Civil Veterinary Department. United Provinces 1932-42 - 1932-1942
Year: 1932
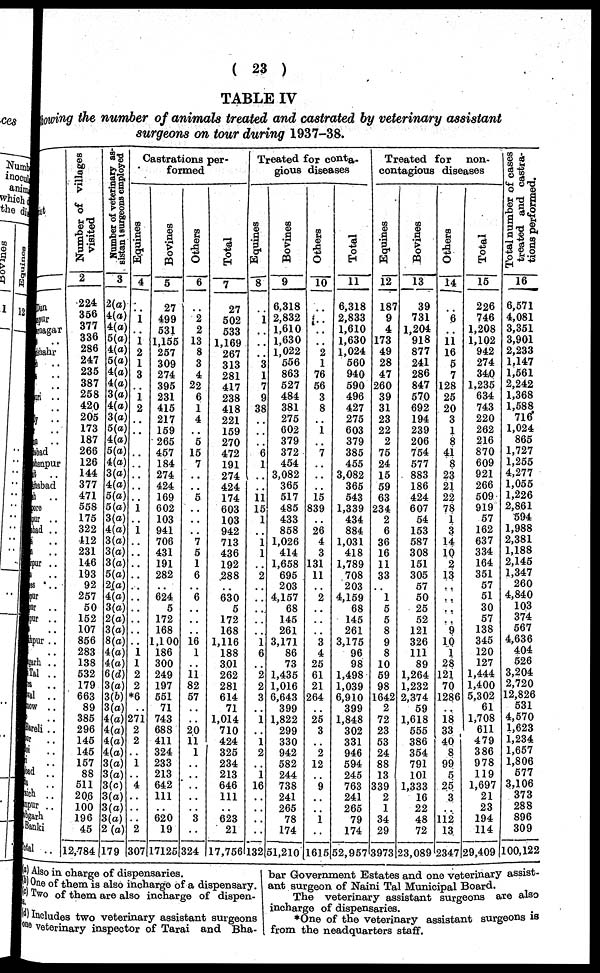
(23)
TABLE IV
showing the number of animals treated and castrated by veterinary assistant
surgeons on tour during 1937-38.
Dun
pur
rnagar
..
shahr
..
..
..
uri ..
..
..
..
..
bad
hanpur
..
habad
..
ore
ur ..
ad ..
..
..
pur ..
..
s ..
ur
lr ..
ur ..
..
pur ..
..
garh ..
Tal ..
a ..
al ..
now ..
..
Bareli ..
ur ..
oi ..
n ..
lad ..
a ..
rich
..
mpur ..
bgarh
Banki
btal ..
Number of villages
visited
2
224
356
377
336
286
247
235
387
258
420
205
173
187
266
126
144
377
471
558
175
322
412
231
146
193
92
257
50
152
107
856
283
138
532
179
663
89
385
296
145
145
157
88
511
206
100
196
45
12,784
Number
of veterinary as-
sistant surgeons employed
3
2(a)
4(a)
4(a)
5(a)
4(a)
5(a)
4(a)
4(a)
3(a)
4(a)
3(a)
5(a)
4(a)
5(a)
4(a)
3(a)
4(a)
5(a)
5(a)
3(a)
4(a)
3(a)
3(a)
3(a)
5(a)
2(a)
4(a)
3(a)
2(a)
3(a)
8(a)
4(a)
4(a)
6(d)
3(a)
3(6)
3(a)
4(a)
4(a)
4(a)
4(a)
3(a)
3(a)
3(c)
3(a)
3(a)
3(a)
2(a)
179
Castrations per-
formed
Equines
4
..
1
..
1
2
1
3
..
1
2
..
..
..
..
..
..
..
..
1
..
1
..
..
..
..
..
..
..
..
..
..
1
1
2
2
*6
..
271
2
2
..
1
..
4
..
..
..
2
307
Bovines
5
27
499
531
1,155
257
309
274
395
231
415
217
159
265
457
184
274
424
169
602
103
941
706
431
191
282
..
624
5
172
168
1,100
186
300
249
197
551
71
743
688
411
324
233
213
642
111
..
620
19
17125
Others
6
..
2
2
13
8
3
4
22
6
1
4
..
5
15
7
..
..
5
..
..
..
7
5
1
6
..
6
..
..
..
16
1
..
11
82
57
..
..
20
11
1
..
..
..
..
..
3
..
324
Total
7
27
502
533
1,169
267
313
281
417
238
418
221
159
270
472
191
274
424
174
603
103
942
713
436
192
288
..
630
5
172
168
1,116
188
301
262
281
614
71
1,014
710
424
325
234
213
646
111
..
623
21
17,756
Treated for conta-
gious diseases
Equities
8
..
1
..
..
..
3
1
7
9
38
..
..
..
6
1
..
..
11
15
1
..
1
1
..
2
..
..
..
..
..
1
6
..
2
2
3
..
1
..
1
2
..
1
16
..
..
..
..
132
Bovines
9
6,318
2,832
1,610
1,630
1,022
556
863
527
484
381
275
602
379
372
454
3,082
365
517
485
433
858
1,026
414
1,658
695
203
4,157
68
145
261
3,171
86
73
1,435
1,016
6,643
399
1,822
299
330
942
582
244
738
241
265
78
174
51,210
Others
10
..
..
..
..
2
1
76
56
3
8
..
1
..
7
..
..
..
15
839
..
26
4
3
131
11
..
2
..
..
..
3
4
25
61
21
264
..
25
3
..
2
12
..
9
..
..
1
..
1615
Total
11
6,318
2,833
1,610
1,630
1,024
560
940
590
496
427
275
603
379
385
455
3,082
365
543
1,339
434
884
1,031
418
1,789
708
203
4,159
68
145
261
3,175
96
98
1,498
1,039
6,910
399
1,848
302
331
946
594
245
763
241
265
79
174
52,957
Treated for non-
contagious diseases
Equines
12
187
9
4
173
49
28
47
260
39
31
23
22
2
75
24
15
59
63
234
2
6
36
16
11
33
..
1
5
5
8
9
8
10
59
98
1642
2
72
23
53
24
88
13
339
2
1
34
29
3973
Bovines
13
39
731
1,204
918
877
241
286
847
570
692
194
239
206
754
577
883
186
424
607
54
153
587
308
151
305
57
50
25
52
121
326
111
89
1,264
1,232
2,374
59
1,618
555
386
354
791
101
1,333
16
22
48
72
23,089
Others
14
..
6
..
11
16
5
7
128
25
20
3
1
8
41
8
23
21
22
78
1
3
14
10
2
13
..
..
..
..
9
10
1
28
121
70
1286
..
18
33
40
8
99
5
25
3
..
112
13
2347
Total
15
226
746
1,208
1,102
942
274
340
1,235
634
743
220
262
216
870
609
921
266
509
919
57
162
637
334
164
351
57
51
30
57
138
345
120
127
1,444
1,400
5,302
61
1,708
611
479
386
978
119
1,697
21
23
194
114
29,409
Total number of cases
treated and castra-
tions performed.
16
6,571
4,081
3,351
3,901
2,233
1,147
1,561
2,242
1,368
1,588
716
1,024
865
1,727
1,255
4,277
1,055
1,226
2,861
594
1,988
2,381
1,188
2,145
1,347
260
4,840
103
374
567
4,636
404
526
3,204
2,720
12,826
531
4,570
1,623
1,234
1,657
1,806
577
3,106
373
288
896
309
100,122
(a) Also in charge of dispensaries.
(b) One of them is also incharge of a dispensary.
(c) Two of them are also incharge of dispen-
(d) Includes two veterinary assistant surgeons
one veterinary inspector of Tarai and Bha-
bar Government Estates and one veterinary assist-
ant surgeon of Naini Tal Municipal Board.
The veterinary assistant surgeons are also
incharge of dispensaries.
*One of the veterinary assistant surgeons is
from the neadquarters staff.